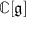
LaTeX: \mathbb { C } [ { \mathfrak { g } } ]